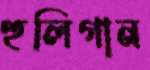
হুলিগান